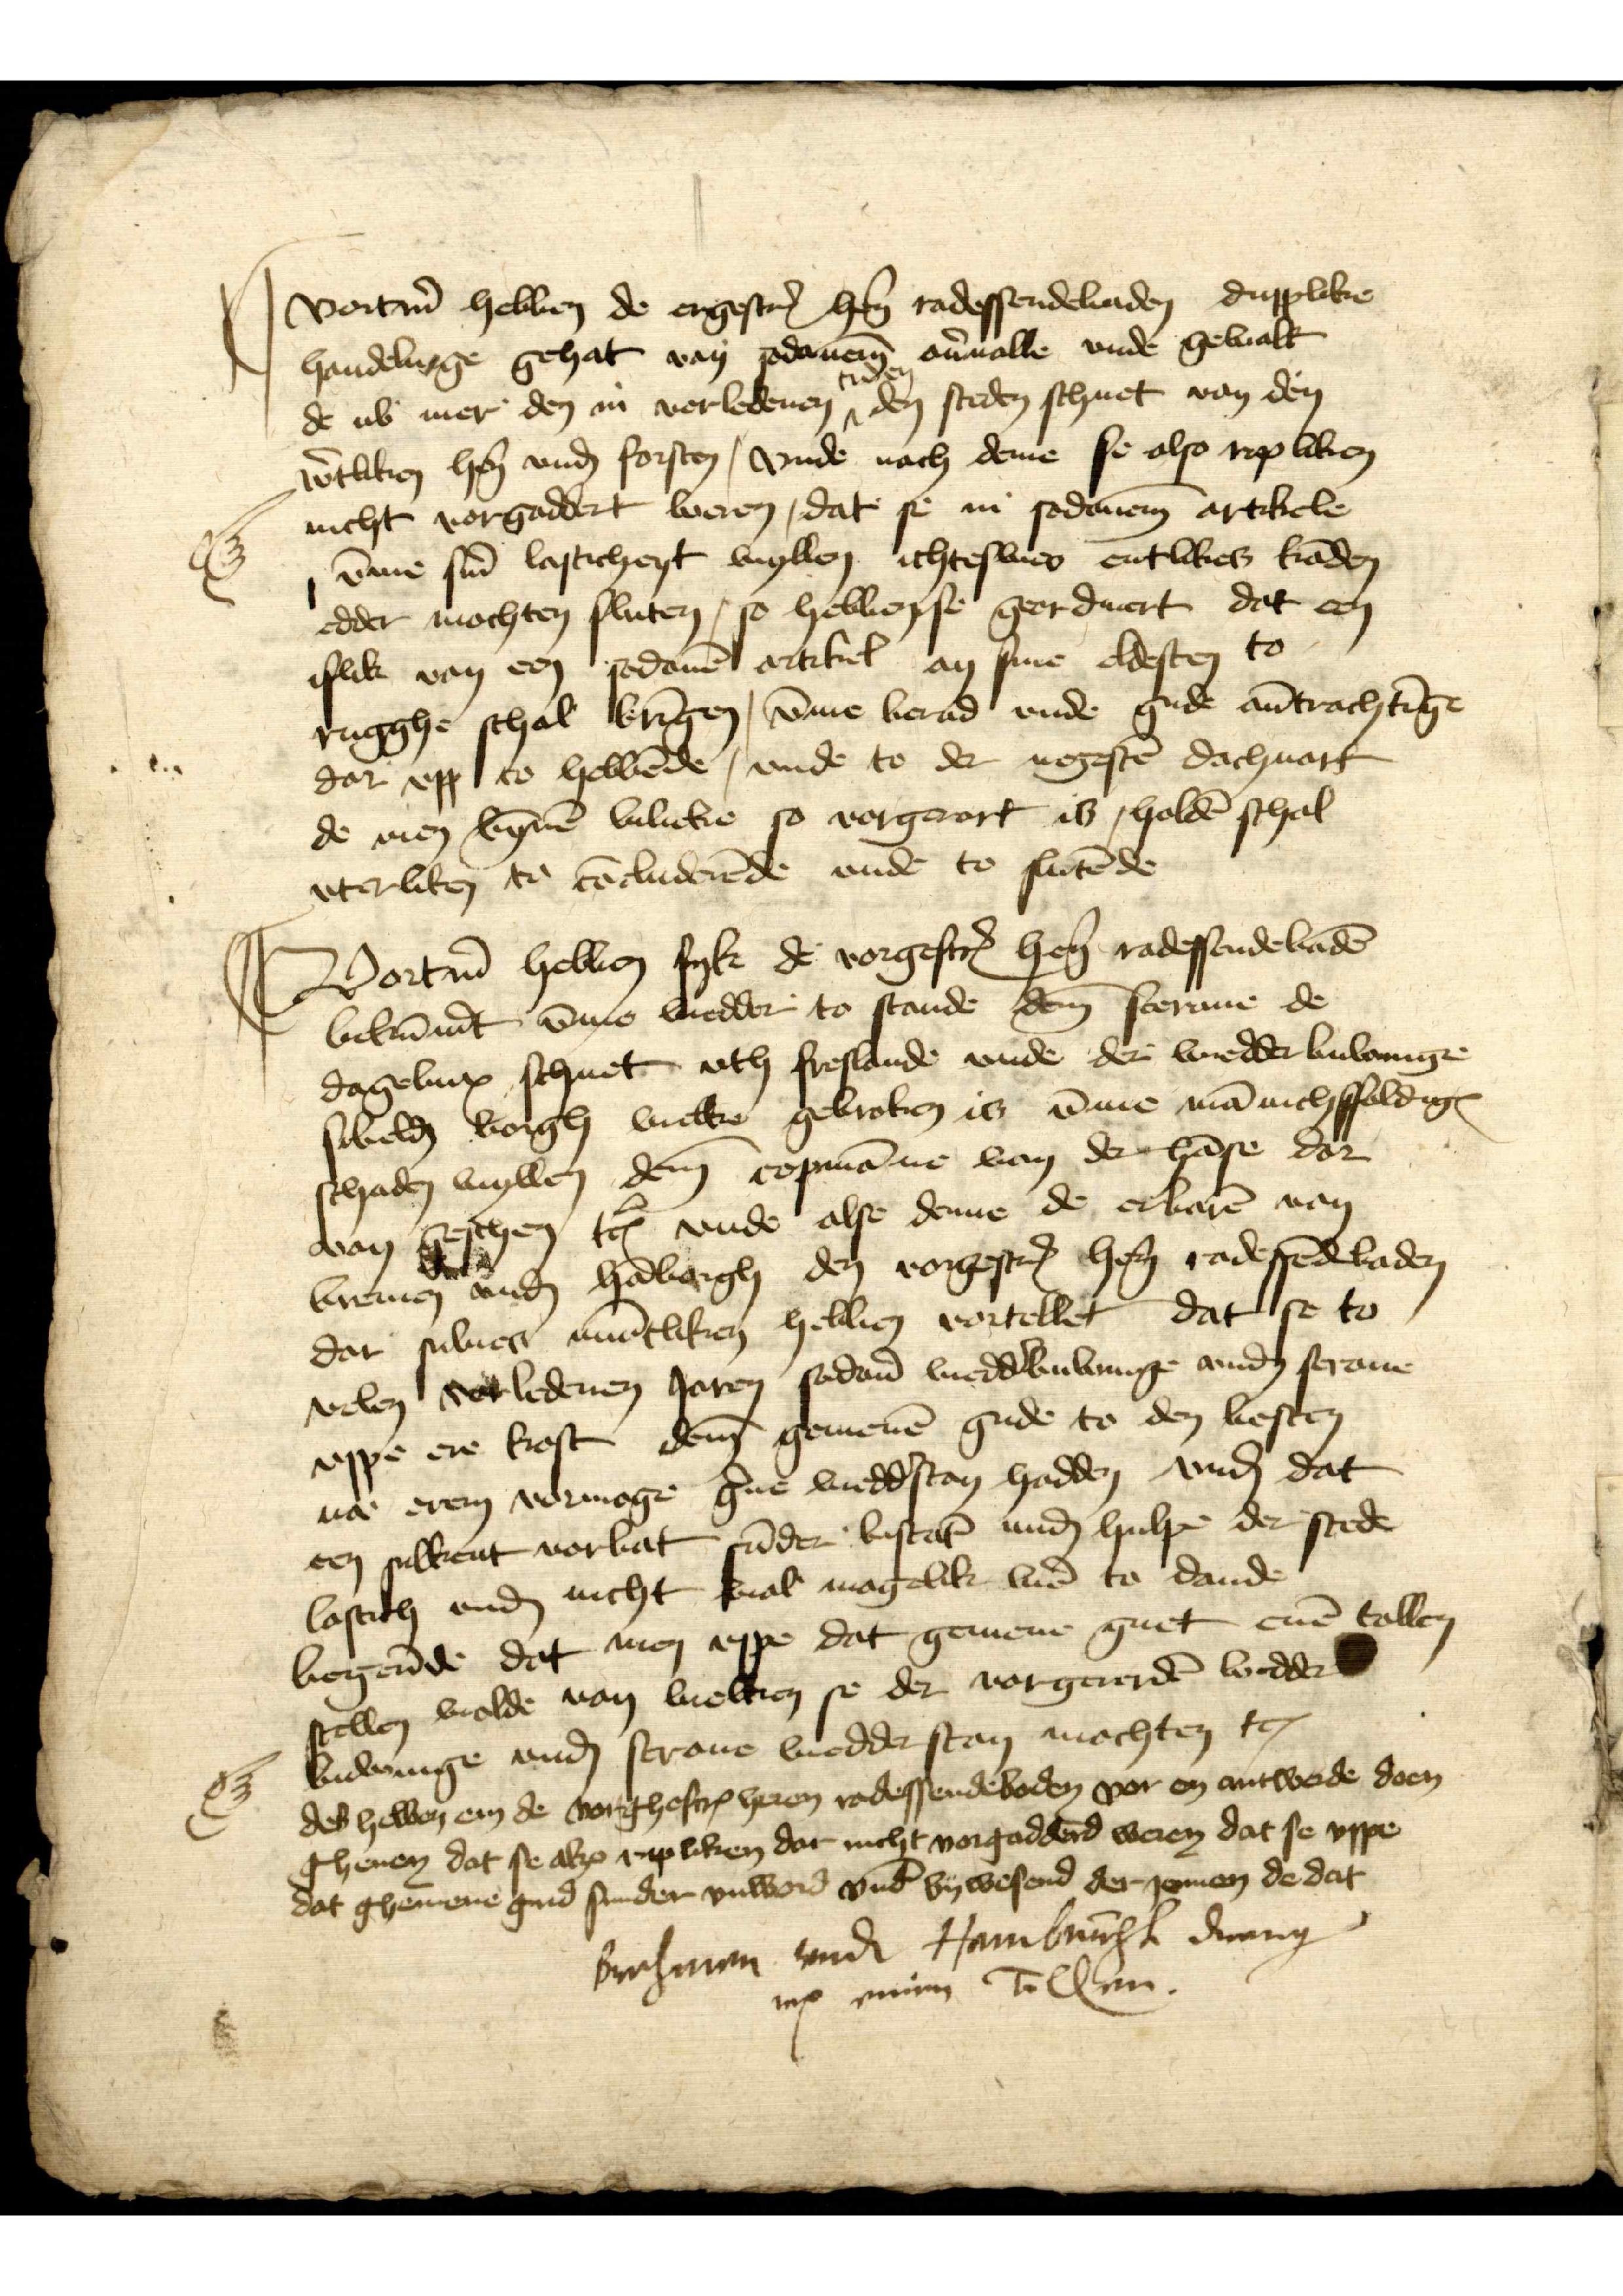
vortm̉ hebben de ergescrꝬ her̉n radessendebaden dupplike
handelinge gehat van sodanenem̄ oủualle vnde gewalt
de nv mer den in verledenen tyden den steden schuet van den
w̉tliken hẻn vnd forsten, vnde nach deme se also rip liken
nicht vorgaddert weren, dat se in sodanem̄ artikele
v̄me sin lasticheyt wyllen ichteswes entlikes kāden
edder mochten sluten, so hebben se geerdinert dat een
islik van een sodanē artikel an sine oldesten to
rugghe schal brīgen, v̄me berad vnde gude aủtrachtīgē
dar vpp to hebbēde, vnde to der negestē dachuart
de men bȳnē lubeke so vorgerort is, holdē schal
vterliken to tēeludenēde vnde to slutēde

Vortm̉ hebben syk de vorgescrꝬ hẻn radessendebadē
bekūm̉t v̄me wedder to stande dem sceraue de
dagelinx schuet, vth freslande vnde der wiedder bulanige
sobeld boigh bulke gebroken is v̄me mānichffoldigꝬ
schaden wyllen dem copmāne van der hāse dar
van beschen tcꝬ vnde alse denne de erbarē van
Bremen vnd Hāborgh den vorgescrꝬ hẻn radesēdebaden
dar sulues muētliken hebben vortellet dat se to
velen verledenen Jaren sodan̉ wedd̉bulanige vnd seraue
vppe ere koste dem gemenē gude to den besten
nae erem vormoge g̉ne wedd̉stan hadden vnd dat
een sulkent vorbat sūder bestāt und hulpe der stede
lastich vnd nicht wal magelik vnd to dande
begẻnde dat men vppe dat gemene guet enē tallen
stellen wolde van welken se der vorgererdē wedder
bidenige vnd straue wedderstan mochten tcꝬ
des hebben em de vorghescrꝬ heren radessendeboden vor en antwerde doen
gheuen dat se alzo ripliken dar nicht vorgadderd weren dat se vppe
dat ghemene gud sunder vulbord vnd bywesend der Jemen de dat

Brehmen vnd Hamburgh drang
vp einen Tollen.